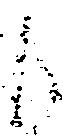
候